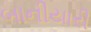
બાનીયારી